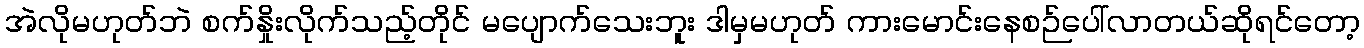
အဲလိုမဟုတ်ဘဲ စက်နှိုးလိုက်သည့်တိုင် မပျောက်သေးဘူး ဒါမှမဟုတ် ကားမောင်းနေစဉ်ပေါ်လာတယ်ဆိုရင်တော့